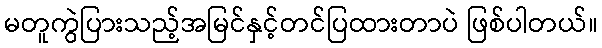
မတူကွဲပြားသည့်အမြင်နှင့်တင်ပြထားတာပဲ ဖြစ်ပါတယ်။